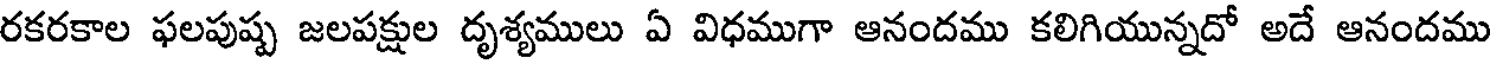
రకరకాల ఫలపుష్ప జలపక్షుల దృశ్యములు ఏ విధముగా ఆనందము కలిగియున్నదో అదే ఆనందము